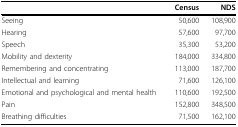
<table><thead><tr><td></td><td><b>Census</b></td><td><b>NDS</b></td></tr></thead><tbody><tr><td>Seeing</td><td>50,600</td><td>108,900</td></tr><tr><td>Hearing</td><td>57,600</td><td>97,700</td></tr><tr><td>Speech</td><td>35,300</td><td>53,200</td></tr><tr><td>Mobility and dexterity</td><td>184,000</td><td>334,800</td></tr><tr><td>Remembering and concentrating</td><td>113,000</td><td>187,700</td></tr><tr><td>Intellectual and learning</td><td>71,600</td><td>126,100</td></tr><tr><td>Emotional and psychological and mental health</td><td>110,600</td><td>192,500</td></tr><tr><td>Pain</td><td>152,800</td><td>348,500</td></tr><tr><td>Breathing difficulties</td><td>71,500</td><td>162,100</td></tr></tbody></table>